Civil Veterinary Dept. Bombay admin report 1914-1922 - 1914-1922
Year: 1914
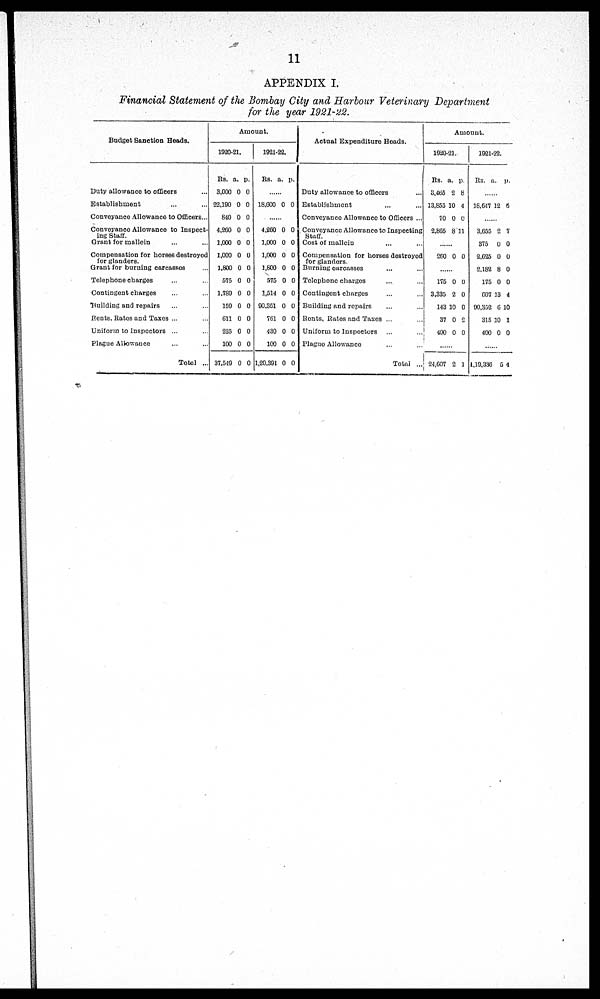
11
APPENDIX I.
Financial Statement of the Bombay City and Harbour Veterinary Department
for the year 1921-22.
Budget Sanction Heads.
Duty allowance to officers ...
Establishment ... ...
Conveyance Allowance to Officers...
Conveyance Allowance to Inspect-
ing Staff.
Grant for mallein ... ...
Compensation for horses destroyed
for glanders.
Grant for burning carcasses ...
Telephone charges ... ...
Contingent charges ... ...
Building and repairs ... ...
Rents, Rates and Taxes ... ...
Uniform to Inspectors ... ...
Plague Allowance ... ...
Total ...
Amount.
1920-21.
Rs.
3,000
22,190
640
4,260
1,000
1,000
1,800
575
1,789
159
611
225
100
37,549
a.
0
0
0
0
0
0
0
0
0
0
0
0
0
0
p.
0
0
0
0
0
0
0
0
0
0
0
0
0
0
1921-22.
Rs. a. p.
......
18,600 0 0
......
4,260
1,000
1,000
1,600
575
1,514
90,351
761
430
100
1,20,391
0
0
0
0
0
0
0
0
0
0
0
0
0
0
0
0
0
0
0
0
0
0
Actual Expenditure Heads.
Duty allowance to officers
Establishment ... ...
Conveyance Allowance to Officers ...
Conveyance Allowance to Inspecting
Staff.
Cost of mallein ... ...
Compensation for horses dostroyed
for glanders.
Burning ourcasses ... ...
Telephone charges ... ...
Contingent charges ... ...
Building and repairs
Rents, Rates and Taxes ... ...
Uniform to Inspectors ... ...
Plague Allowance ... ...
Total ...
Amount.
1920-21.
Rs.
8,465
13,855
70
2,865
a.
2
10
0
8
p.
8
4
0
11
......
260 0 0
......
175
3,335
143
37
400
0
2
10
0
0
0
0
0
2
0
.......
24,607 2 1
1921-22.
Rs.
a. p.
......
18,647 12 6
......
3,655
375
2,625
2,182
175
607
90,352
315
400
2
0
0
8
0
13
6 1
10
0
7
0
0
0
0
4
0
1
0
.......
1,19,336 5 4